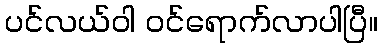
ပင်လယ်ဝါ ဝင်ရောက်လာပါပြီ။